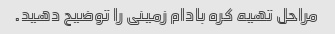
مراحل تهیه کره بادام زمینی را توضیح دهید.